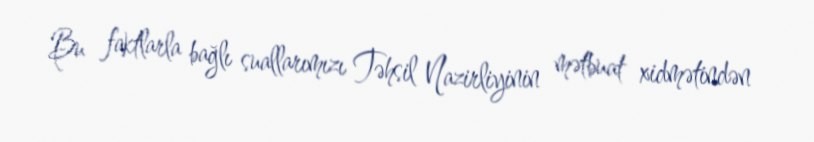
Bu faktlarla bağlı suallarımızı Təhsil Nazirliyinin mətbuat xidmətindən